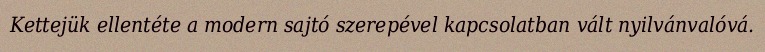
Kettejük ellentéte a modern sajtó szerepével kapcsolatban vált nyilvánvalóvá.